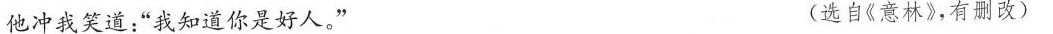
他冲我笑道：”我知道你是好人。” (选自《意林》，有别改)